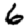
Digit: 6